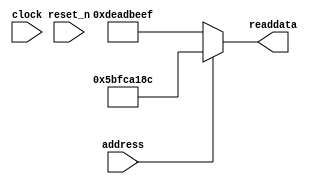
module nios2_control_sysid (
               // inputs:
                address,
                clock,
                reset_n,

               // outputs:
                readdata
             )
;

  output  [ 31: 0] readdata;
  input            address;
  input            clock;
  input            reset_n;

  wire    [ 31: 0] readdata;
  //control_slave, which is an e_avalon_slave
  assign readdata = address ? 1543283084 : 3735928559;

endmodule